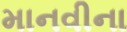
માનવીના